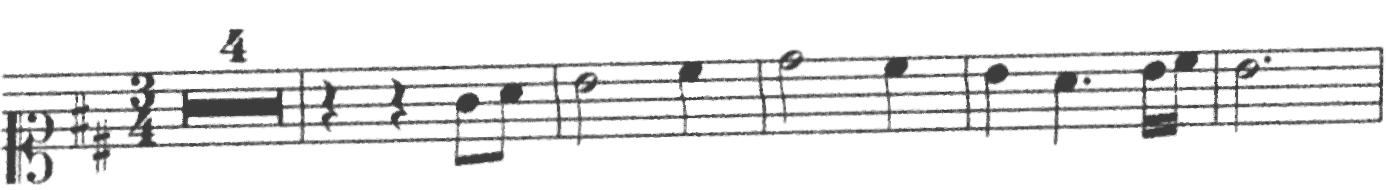
Transcription: clef-C1 keySignature-DM timeSignature-3/4 multirest-4 barline rest-quarter rest-quarter note-G4_eighth note-A4_eighth barline note-B4_half note-C#5_quarter barline note-D5_half note-C#5_quarter barline note-B4_quarter note-A4_quarter. note-B4_sixteenth note-C#5_sixteenth barline note-B4_half. barline